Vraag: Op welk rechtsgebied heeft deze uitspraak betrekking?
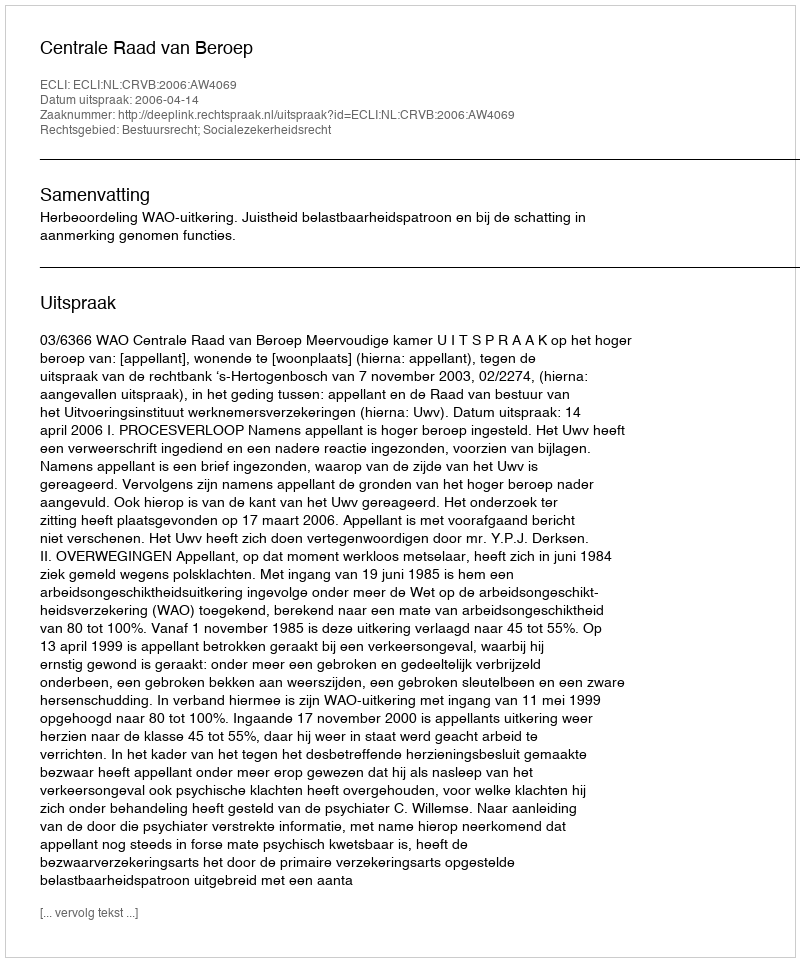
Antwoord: Bestuursrecht; Socialezekerheidsrecht